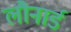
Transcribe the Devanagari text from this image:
लौनार्ड